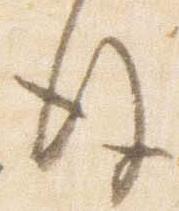
後